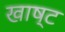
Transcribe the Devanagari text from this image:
खाष्ट